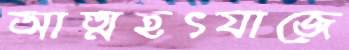
আত্মহৎযাজে